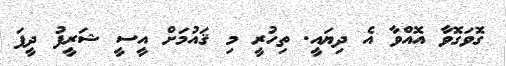
ގޮވަގޮވާ އޮއްވާ އެ ދިޔައީ. ތިހުރީ މި ޤައުމަށް އީސީ ޝަރީފު ދީފަ